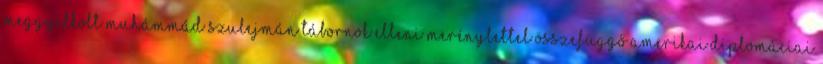
meggyilkolt Muhámmád Szulejmán tábornok elleni merénylettel összefüggő amerikai diplomáciai